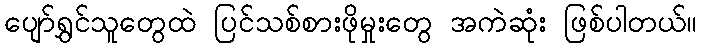
ပျော်ရွှင်သူတွေထဲ ပြင်သစ်စားဖိုမှုးတွေ အကဲဆုံး ဖြစ်ပါတယ်။